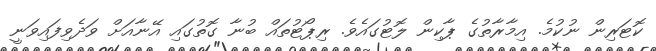
ކޮޓަރިން ނުކުމެ. އިމާރާތުގެ ޕާކިން ލޮޓުގައެވެ. ރިޕޯޓުތައް ބުނާ ގޮތުގައި އޭނާއަށް ވަދެވިފައިވަނީ